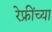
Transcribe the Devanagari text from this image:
रेफ्रींच्या